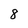
Character: 8